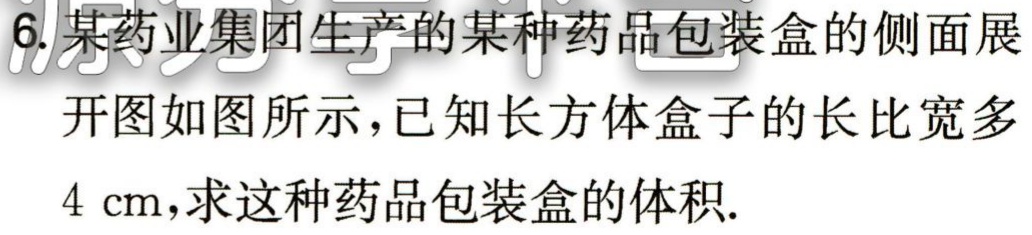
6. 某药业集团生产的某种药品包装盒的侧面展
开图如图所示，已知长方体盒子的长比宽多
\(4\mathrm{cm}\)，求这种药品包装盒的体积.